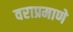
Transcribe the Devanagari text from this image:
वराप्रमाणे